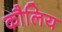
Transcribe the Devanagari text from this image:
कौलिय